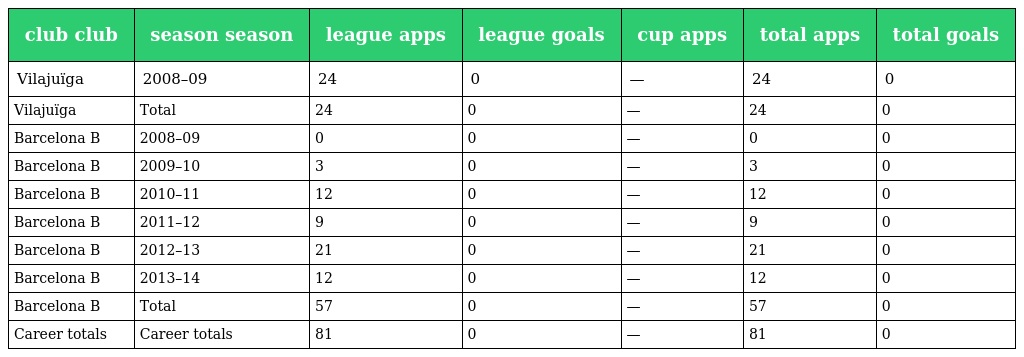
| club club | season season | league apps | league goals | cup apps | total apps | total goals |
 | --- | --- | --- | --- | --- | --- | --- |
 | Vilajuïga | 2008–09 | 24 | 0 | — | 24 | 0 |
 | Vilajuïga | Total | 24 | 0 | — | 24 | 0 |
 | Barcelona B | 2008–09 | 0 | 0 | — | 0 | 0 |
 | Barcelona B | 2009–10 | 3 | 0 | — | 3 | 0 |
 | Barcelona B | 2010–11 | 12 | 0 | — | 12 | 0 |
 | Barcelona B | 2011–12 | 9 | 0 | — | 9 | 0 |
 | Barcelona B | 2012–13 | 21 | 0 | — | 21 | 0 |
 | Barcelona B | 2013–14 | 12 | 0 | — | 12 | 0 |
 | Barcelona B | Total | 57 | 0 | — | 57 | 0 |
 | Career totals | Career totals | 81 | 0 | — | 81 | 0 |